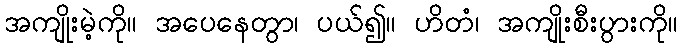
အကျိုးမဲ့ကို။ အပေနေတွာ၊ ပယ်၍။ ဟိတံ၊ အကျိုးစီးပွားကို။